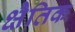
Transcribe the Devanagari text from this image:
क्षैतिक